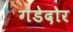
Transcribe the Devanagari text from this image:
गंडेदोर